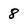
Character: 8